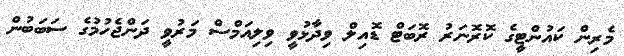
މެރިން ކައުންޓީގެ ކޮރޮނަރު ރޮބަޓް ޑޮއިލް ވިދާޅުވީ ވިލިއަމްސް މަރުވީ ދަންޖެހުމުގެ ސަބަބުން